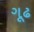
ગૂઢ